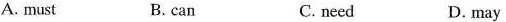
A. must B. can C. need D. may